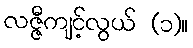
လဇ္ဇီကျင့်လွယ် (၁)။